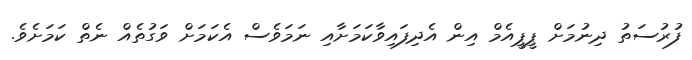
ފުރުސަތު ދިނުމަށް ޕީޕީއެމް އިން އެދިފައިވާކަމަށާއި ނަމަވެސް އެކަމަށް ވަގުތެއް ނެތް ކަމަށެވެ.